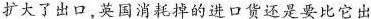
扩大了出口，英国消耗掉的进口货还是要比它出